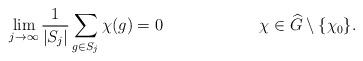
LaTeX: \begin{align*} \lim_{j\to \infty} \frac{1}{|S_{j}|}\sum_{g\in S_{j}} \chi(g) =0 && \chi\in \widehat{G}\setminus\{\chi_{0}\}.\end{align*}